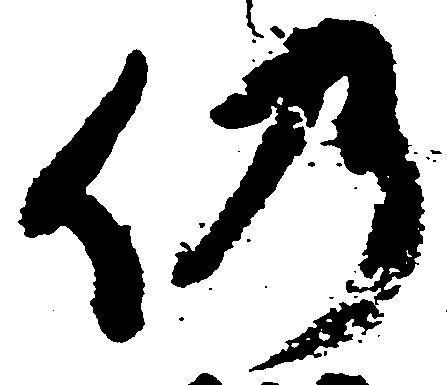
仍